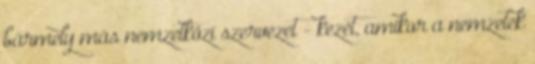
bármely más nemzetközi szervezet - kezét, amikor a nemzetek